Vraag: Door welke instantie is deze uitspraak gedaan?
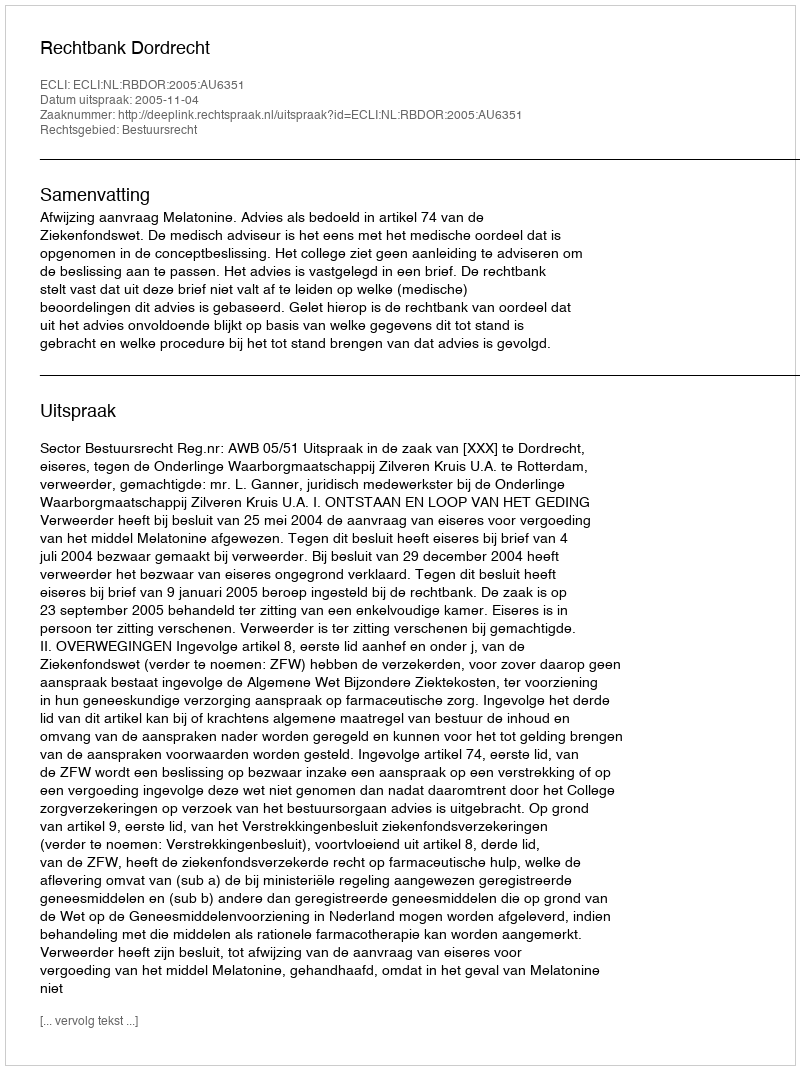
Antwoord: Rechtbank Dordrecht